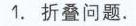
\section{一、两定点一动点}
在平面中找点 \(P\)，使得点 \(P\) 与已知点 \(A\)、\(B\) 构成等腰三角形.

第一类点，以 \(AB\) 为腰：如图 \(1 - 1 - 1\)，分别以 \(A\)、\(B\) 为圆心，\(AB\) 的长为半径画圆，则两圆上的点（除去与 \(A\)、\(B\) 重合或共线的点）都能与 \(A\)、\(B\) 构成等腰三角形；

第二类点，以 \(AB\) 为底：如图 \(1 - 1 - 1\)，连接两圆的交点 \(P_1,P_2\)，可证直线 \(P_1P_2\) 是线段 \(AB\) 的垂直平分线，则 \(P_1,P_2\) 所在直线上的点（除去与直线 \(AB\) 共线的点）都能与 \(A\)、\(B\) 构成等腰三角形.